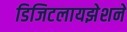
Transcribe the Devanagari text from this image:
डिजिटलायझेशने